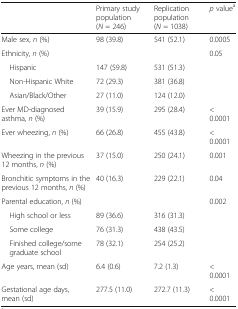
<table><thead><tr><td></td><td><b>Primary study population (<i>N</i> = 246)</b></td><td><b>Replication population (<i>N</i> = 1038)</b></td><td><b><i>p</i> value<sup>a</sup></b></td></tr></thead><tbody><tr><td>Male sex, <i>n</i> (%)</td><td>98 (39.8)</td><td>541 (52.1)</td><td>0.0005</td></tr><tr><td>Ethnicity, <i>n</i> (%)</td><td></td><td></td><td>0.05</td></tr><tr><td> Hispanic</td><td>147 (59.8)</td><td>531 (51.3)</td><td></td></tr><tr><td> Non-Hispanic White</td><td>72 (29.3)</td><td>381 (36.8)</td><td></td></tr><tr><td> Asian/Black/Other</td><td>27 (11.0)</td><td>124 (12.0)</td><td></td></tr><tr><td>Ever MD-diagnosed asthma, <i>n</i> (%)</td><td>39 (15.9)</td><td>295 (28.4)</td><td>&lt; 0.0001</td></tr><tr><td>Ever wheezing, <i>n</i> (%)</td><td>66 (26.8)</td><td>455 (43.8)</td><td>&lt; 0.0001</td></tr><tr><td>Wheezing in the previous 12 months, <i>n</i> (%)</td><td>37 (15.0)</td><td>250 (24.1)</td><td>0.001</td></tr><tr><td>Bronchitic symptoms in the previous 12 months, <i>n</i> (%)</td><td>40 (16.3)</td><td>229 (22.1)</td><td>0.04</td></tr><tr><td>Parental education, <i>n</i> (%)</td><td></td><td></td><td>0.002</td></tr><tr><td> High school or less</td><td>89 (36.6)</td><td>316 (31.3)</td><td></td></tr><tr><td> Some college</td><td>76 (31.3)</td><td>438 (43.5)</td><td></td></tr><tr><td> Finished college/some graduate school</td><td>78 (32.1)</td><td>254 (25.2)</td><td></td></tr><tr><td>Age years, mean (sd)</td><td>6.4 (0.6)</td><td>7.2 (1.3)</td><td>&lt; 0.0001</td></tr><tr><td>Gestational age days, mean (sd)</td><td>277.5 (11.0)</td><td>272.7 (11.3)</td><td>&lt; 0.0001</td></tr></tbody></table>